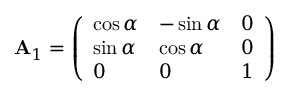
\mathbf { A } _ { 1 } = { \left( \begin{array} { l l l } { \cos \alpha } & { - \sin \alpha } & { 0 } \\ { \sin \alpha } & { \cos \alpha } & { 0 } \\ { 0 } & { 0 } & { 1 } \end{array} \right) }